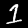
Label: 1